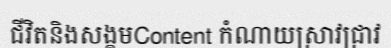
ជីវិតនិងសង្គមContent កំណាយស្រាវជ្រាវ